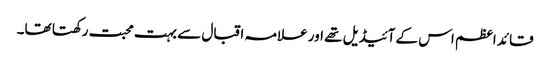
قائد اعظم اس کے آئیڈیل تھے اور علامہ اقبال سے بہت محبت رکھتا تھا۔